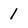
Character: 1